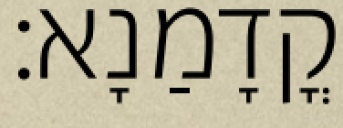
קֳדָמַנָא׃